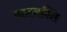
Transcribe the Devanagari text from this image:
वातवस्ति